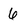
Character: 6